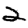
Digit: 2